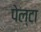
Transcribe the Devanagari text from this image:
पेल्टा